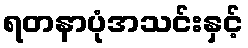
ရတနာပုံအသင်းနှင့်